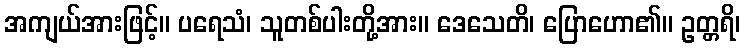
အကျယ်အားဖြင့်။ ပရေသံ၊ သူတစ်ပါးတို့အား။ ဒေသေတိ၊ ပြောဟော၏။ ဥတ္တရိ၊